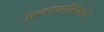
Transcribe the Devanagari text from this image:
अन्वयव्यतिरेकानें